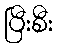
ပြီးစီး